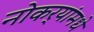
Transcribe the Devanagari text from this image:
नोकर्‍यांमधे